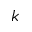
k